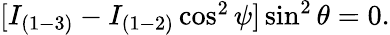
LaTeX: \begin{array}{r}{[I_{(1-3)}-I_{(1-2)}\cos^{2}\psi]\sin^{2}\theta=0.}\end{array}